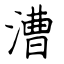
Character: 漕